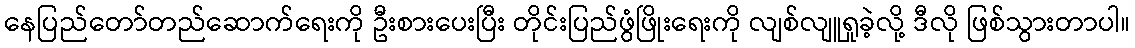
နေပြည်တော်တည်ဆောက်ရေးကို ဦးစားပေးပြီး တိုင်းပြည်ဖွံဖြိုးရေးကို လျစ်လျူရှုခဲ့လို့ ဒီလို ဖြစ်သွားတာပါ။